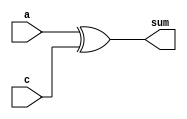
module only1bit (a,sum,c);
  input a,c;
  output sum;
  assign sum = a ^c;
endmodule